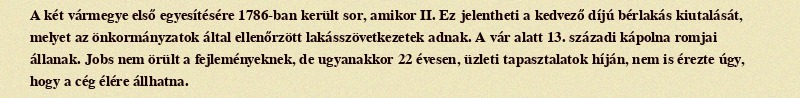
A két vármegye első egyesítésére 1786-ban került sor, amikor II. Ez jelentheti a kedvező díjú bérlakás kiutalását, melyet az önkormányzatok által ellenőrzött lakásszövetkezetek adnak. A vár alatt 13. századi kápolna romjai állanak. Jobs nem örült a fejleményeknek, de ugyanakkor 22 évesen, üzleti tapasztalatok híján, nem is érezte úgy, hogy a cég élére állhatna.